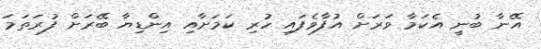
އޭނާ ބުނީ އެކަމާ ވަރަށް އުފާވެފައި ހުރި ކަމަށާއި އިންޑިޔާ ބޭރަށް ފުރަތަމަ